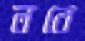
লবে